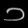
Digit: ၁